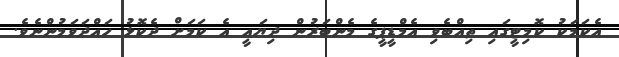
އެކަމަކު ކޮމިޓީގައި ތިއްބެވި އެމްޑީޕީގެ މެންބަރުން ދިޔައީ އެ ކަމަށް ދެކޮޅު ހައްދަވަމުންނެވެ.